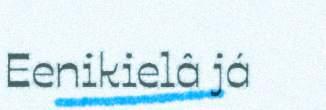
Eenikielâ já